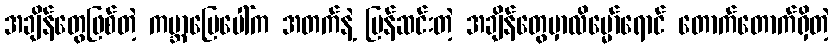
အချိန်တွေဖြစ်တဲ့ ကမ္ဘာမြေပေါ်က အတက်နဲ့ ပြန်ဆင်းတဲ့ အချိန်တွေမှာလိမ္မော်ရောင် တောက်တောက်ရှိတဲ့